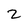
Character: 2